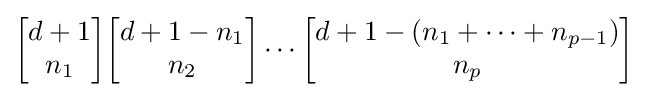
{\begin{bmatrix}d+1\\n_{1}\end{bmatrix}}{\begin{bmatrix}d+1-n_{1}\\n_{2}\end{bmatrix}}\cdots {\begin{bmatrix}d+1-(n_{1}+\cdots +n_{p-1})\\n_{p}\end{bmatrix}}